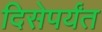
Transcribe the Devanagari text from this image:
दिसेपर्यंत